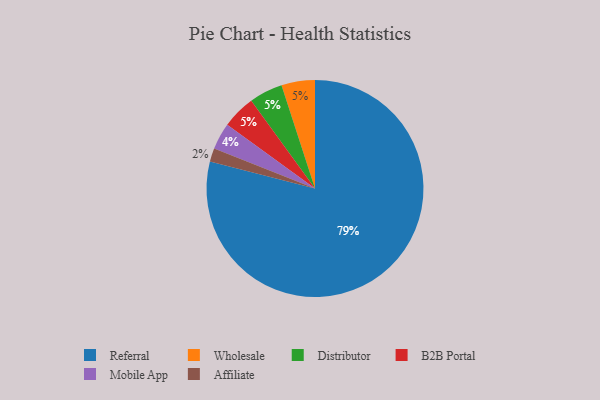
{"axis": {"x": "Category", "y": "Percentage"}, "legend": ["Affiliate", "B2B Portal", "Distributor", "Mobile App", "Referral", "Wholesale"], "data": [{"x": "Wholesale", "y": 5, "type": "Wholesale"}, {"x": "Distributor", "y": 5, "type": "Distributor"}, {"x": "Mobile App", "y": 4, "type": "Mobile App"}, {"x": "B2B Portal", "y": 5, "type": "B2B Portal"}, {"x": "Affiliate", "y": 2, "type": "Affiliate"}, {"x": "Referral", "y": 79, "type": "Referral"}]}